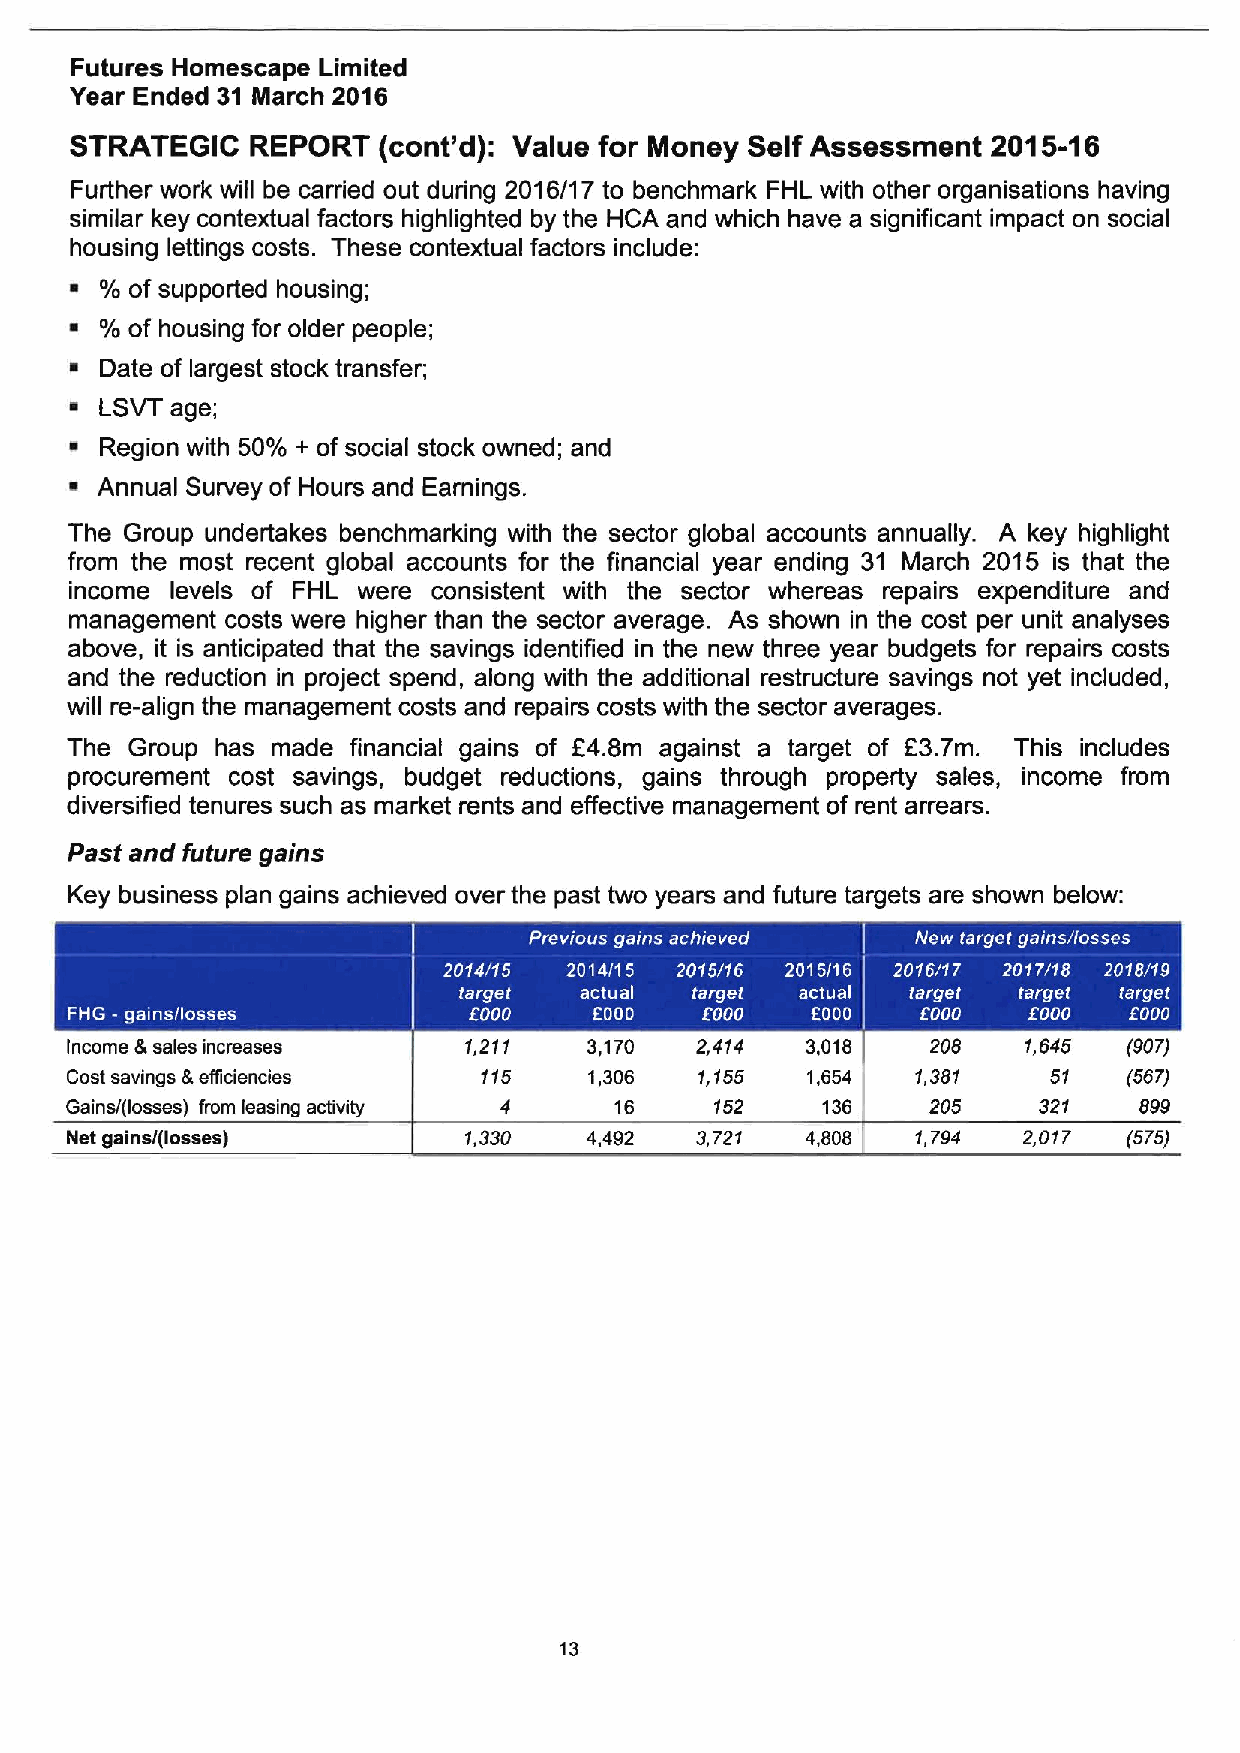
Futures Homescape Limited
 Year Ended 31 March 2016
 STRATEGIC   REPORT  (cont'd): Value for Money Self Assessment 2015-16
 Further work will be carried out during 2016/17 to benchmark FHL with other organisations having
 similar key contextual factors highlighted by the HCA and which have a significant impact on social
 housing lettings costs. These contextual factors include:
 % of supported housing;
 ~ %of housing for older people;
 ~ Date of largest stock transfer;
 ~ LSVT age;
 ~ Region with 50% + of social stock owned; and
 ~ Annual Survey of Hours and Earnings.
 The Group undertakes benchmarking with the sector global accounts annually. A key highlight
 from the most recent global accounts for the financial year ending 31 March 2015 is that the
 income levels of FHL were consistent with the sector whereas repairs expenditure and
 management costs were higher than the sector average. As shown in the cost per unit analyses
 above, it is anticipated that the savings identified in the new three year budgets for repairs costs
 and the reduction in project spend, along with the additional restructure savings not yet included,
 will re-align the management costs and repairs costs with the sector averages.
 The Group has made financial gains of E4.8m against a target of F3.7m. This includes
 procurement cost savings, budget reductions, gains through property sales, income from
 diversified tenures such as market rents and effective management of rent arrears.
 Past and future gains
 Key business plan gains achieved over the past two years and future targets are shown below:
 Income &sales increases    1,211   3,170  2,414  3,018    208   1,645  (907)
 Cost savings &efficiencies  115    1,306  1,155  1,654   1,381    51   (567)
 Gains/(losses) from leasing activity 4 16  152    136     205    321   899
 Net gains/(losses)         1,330   4,492  3,721  4,808   1,794  2,017  (575)
 13